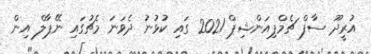
އުރީދޫ ސާފް ޗެމްޕިއަންޝިޕް 2021 ގައި ކުޅުނު ދެވަނަ މެޗުގައި ނޭޕާލް އިން